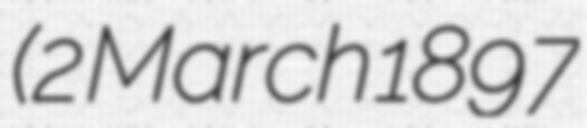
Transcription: (2 March 1897